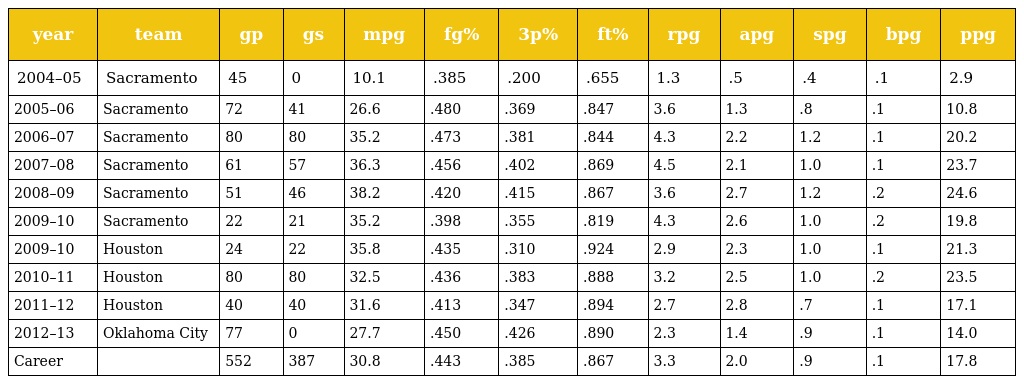
| year | team | gp | gs | mpg | fg% | 3p% | ft% | rpg | apg | spg | bpg | ppg |
 | --- | --- | --- | --- | --- | --- | --- | --- | --- | --- | --- | --- | --- |
 | 2004–05 | Sacramento | 45 | 0 | 10.1 | .385 | .200 | .655 | 1.3 | .5 | .4 | .1 | 2.9 |
 | 2005–06 | Sacramento | 72 | 41 | 26.6 | .480 | .369 | .847 | 3.6 | 1.3 | .8 | .1 | 10.8 |
 | 2006–07 | Sacramento | 80 | 80 | 35.2 | .473 | .381 | .844 | 4.3 | 2.2 | 1.2 | .1 | 20.2 |
 | 2007–08 | Sacramento | 61 | 57 | 36.3 | .456 | .402 | .869 | 4.5 | 2.1 | 1.0 | .1 | 23.7 |
 | 2008–09 | Sacramento | 51 | 46 | 38.2 | .420 | .415 | .867 | 3.6 | 2.7 | 1.2 | .2 | 24.6 |
 | 2009–10 | Sacramento | 22 | 21 | 35.2 | .398 | .355 | .819 | 4.3 | 2.6 | 1.0 | .2 | 19.8 |
 | 2009–10 | Houston | 24 | 22 | 35.8 | .435 | .310 | .924 | 2.9 | 2.3 | 1.0 | .1 | 21.3 |
 | 2010–11 | Houston | 80 | 80 | 32.5 | .436 | .383 | .888 | 3.2 | 2.5 | 1.0 | .2 | 23.5 |
 | 2011–12 | Houston | 40 | 40 | 31.6 | .413 | .347 | .894 | 2.7 | 2.8 | .7 | .1 | 17.1 |
 | 2012–13 | Oklahoma City | 77 | 0 | 27.7 | .450 | .426 | .890 | 2.3 | 1.4 | .9 | .1 | 14.0 |
 | Career |  | 552 | 387 | 30.8 | .443 | .385 | .867 | 3.3 | 2.0 | .9 | .1 | 17.8 |